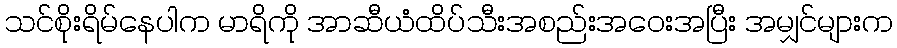
သင်စိုးရိမ်နေပါက မာရိကို အာဆီယံထိပ်သီးအစည်းအဝေးအပြီး အမျှင်များက